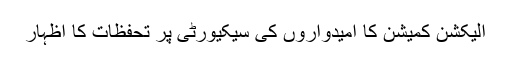
الیکشن کمیشن کا اْمیدواروں کی سیکیورٹی پر تحفظات کا اظہار